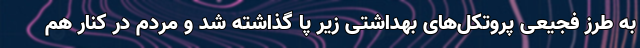
به طرز فجیعی پروتکل‌های بهداشتی زیر پا گذاشته شد و مردم در کنار هم